Senior Leaving Certificate Examination (including Day School Certificate (Higher) General paper), 1947
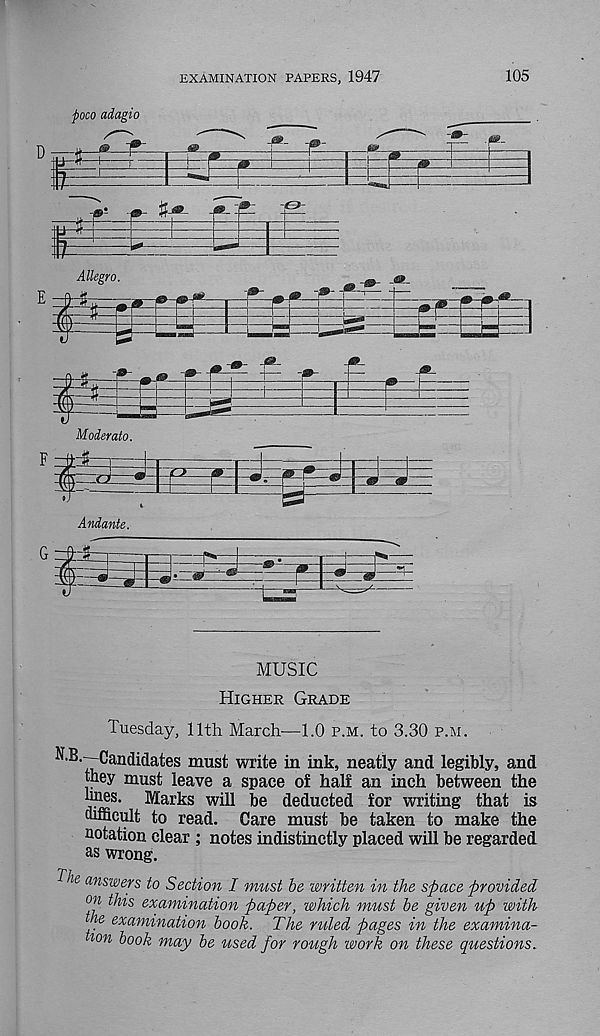
EXAMINATION PAPERS, 1947
105
d 5*
poco adagio
--T--
^-r-_
10-
Allegro.
MUSIC
Higher Grade
Tuesday, 11th March—1.0 p.m. to 3.30 p.m.
^ Candidates must write in ink, neatly and legibly, and
tney must leave a space of half an inch between the
lines. Marks will be deducted for writing that is
difficult to read. Care must be taken to make the
notation clear ; notes indistinctly placed will be regarded
as wrong.
r pl
le ans wers to Section I must be written in the space provided
on this examination paper, which must be given up with
he examination book. The ruled pages in the examina-
T'On book may be used for rough work on these questions.